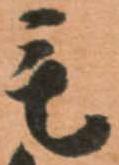
毛